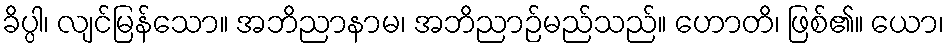
ခိပ္ပါ၊ လျင်မြန်သော။ အဘိညာနာမ၊ အဘိညာဉ်မည်သည်။ ဟောတိ၊ ဖြစ်၏။ ယော၊